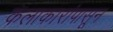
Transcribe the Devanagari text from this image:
कलाकारांपासून